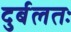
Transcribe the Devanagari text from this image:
दुर्बलतः